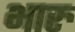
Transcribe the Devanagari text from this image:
भारु